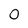
Character: 0